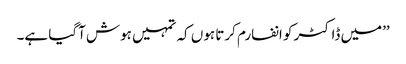
’’میں ڈاکٹر کو انفارم کرتا ہوں کہ تمہیں ہوش آگیا ہے۔